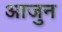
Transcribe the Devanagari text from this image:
आजुन